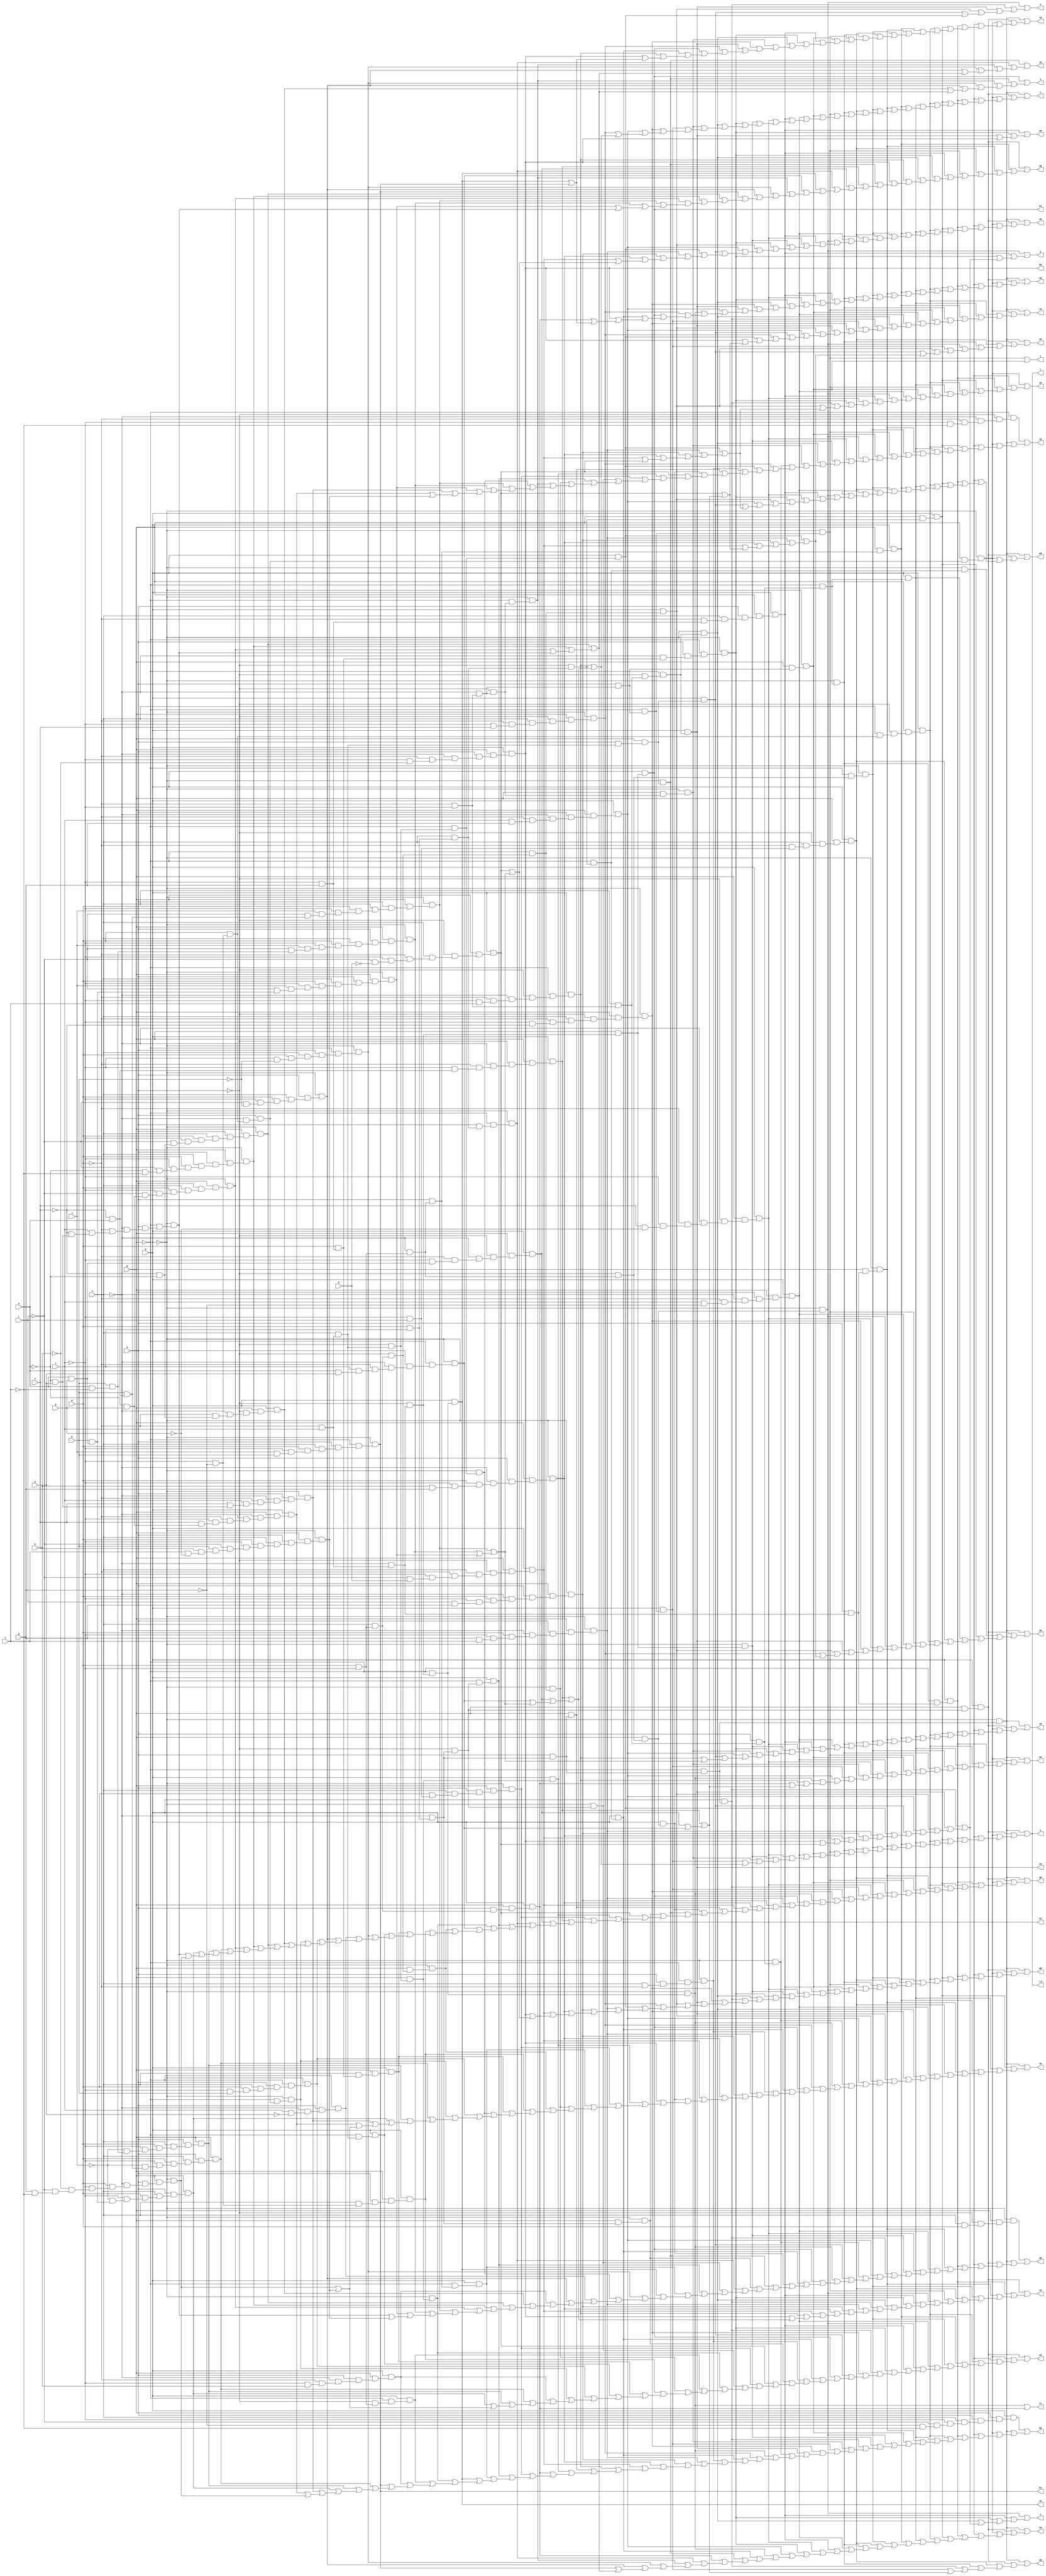
// IWLS benchmark module "vda" printed on Wed May 29 16:25:18 2002
module vda(a, b, c, d, e, f, g, h, i, j, k, l, m, n, o, p, q, r, s, t, u, v, w, \x , y, z, a0, b0, c0, d0, e0, f0, g0, h0, i0, j0, k0, l0, m0, n0, o0, p0, q0, r0, s0, t0, u0, v0, w0, x0, y0, z0, a1, b1, c1, d1);
input
  a,
  b,
  c,
  d,
  e,
  f,
  g,
  h,
  i,
  j,
  k,
  l,
  m,
  n,
  o,
  p,
  q;
output
  r,
  s,
  t,
  u,
  v,
  w,
  \x ,
  y,
  z,
  a0,
  a1,
  b0,
  b1,
  c0,
  c1,
  d0,
  d1,
  e0,
  f0,
  g0,
  h0,
  i0,
  j0,
  k0,
  l0,
  m0,
  n0,
  o0,
  p0,
  q0,
  r0,
  s0,
  t0,
  u0,
  v0,
  w0,
  x0,
  y0,
  z0;
wire
  \[15] ,
  \[16] ,
  \[17] ,
  \[18] ,
  \[19] ,
  \[0] ,
  \[1] ,
  \[20] ,
  \[2] ,
  \[21] ,
  \[3] ,
  \[22] ,
  \[4] ,
  \[23] ,
  \[5] ,
  \[24] ,
  \[6] ,
  \[25] ,
  \[7] ,
  \[26] ,
  \[8] ,
  \[27] ,
  \[9] ,
  \[28] ,
  \[29] ,
  \[30] ,
  \[31] ,
  \[32] ,
  \[33] ,
  \[34] ,
  a5,
  a6,
  a7,
  \[35] ,
  b5,
  b6,
  b7,
  \[36] ,
  c5,
  c6,
  c7,
  \[37] ,
  d5,
  d6,
  d7,
  \[38] ,
  e4,
  e5,
  e6,
  e7,
  f4,
  f5,
  f6,
  f7,
  g4,
  g5,
  g6,
  g7,
  h4,
  h5,
  h6,
  h7,
  i4,
  i5,
  i6,
  i7,
  j4,
  j5,
  j6,
  j7,
  k4,
  k5,
  k6,
  l4,
  l5,
  l6,
  m4,
  m5,
  m6,
  n4,
  n5,
  n6,
  o4,
  o5,
  o6,
  p4,
  p5,
  p6,
  q4,
  q5,
  q6,
  r4,
  r5,
  r6,
  s4,
  s5,
  s6,
  t4,
  t5,
  t6,
  u4,
  u5,
  u6,
  v4,
  v5,
  v6,
  w4,
  w5,
  w6,
  x4,
  x5,
  x6,
  y4,
  y5,
  y6,
  z4,
  z5,
  z6,
  \[10] ,
  \[11] ,
  \[12] ,
  \[13] ,
  \[14] ;
assign
  \[15]  = p5 | (q5 | (r5 | (t5 | (u5 | (v5 | (n4 | (a6 | (c6 | (d6 | (g6 | (k6 | (m6 | (n6 | (s6 | (\[35]  | (e6 | (l4 | (f4 | (g4 | (i4 | (j4 | (k4 | (o5 | (m4 | (p4 | (r4 | (s4 | (t4 | (u4 | (w4 | (y4 | (a5 | (c5 | (e5 | (f5 | (g5 | (h5 | (m5 | (b7 | (l5 | (q6 | (j7 | (g7 | (f7 | (d7 | (x6 | (e7 | (v6 | (e4 | z6))))))))))))))))))))))))))))))))))))))))))))))))),
  \[16]  = (q & (p & (o & (n & (~l & (~i & (~g & ~c))))))) | (p5 | (r5 | (s5 | (t5 | (v5 | (w5 | (n4 | (d6 | (j5 | (h6 | (k6 | (l6 | (m6 | (n6 | (\[11]  | (y5 | (s6 | (t6 | (\[38]  | (w6 | (e6 | (l4 | (f4 | (g4 | (h4 | (i4 | (p4 | (q4 | (r4 | (w4 | (x4 | (\[34]  | (y4 | (z4 | (h7 | (\[36]  | (x6 | (e7 | (v6 | (p6 | (a7 | z6))))))))))))))))))))))))))))))))))))))))),
  \[17]  = (~p & (~o & (~n & (~m & (~l & ~c))))) | (p5 | (r5 | (s5 | (u5 | (v5 | (w5 | (n4 | (z5 | (c6 | (d6 | (j5 | (g6 | (h6 | (j6 | (l6 | (y5 | (t6 | (u6 | (w6 | (i4 | (j4 | (m4 | (p4 | (r4 | (v4 | (w4 | (b5 | (d5 | (i5 | (i7 | (c7 | (y6 | (p6 | (a7 | o6)))))))))))))))))))))))))))))))))),
  \[18]  = k4 | (u4 | (d5 | (h5 | (b7 | (g7 | (f7 | (d7 | e4))))))),
  \[19]  = p5 | (q5 | (r5 | (s5 | (t5 | (u5 | (v5 | (w5 | (x5 | (z5 | (a6 | (b6 | (o4 | (f6 | (g6 | (i6 | (n5 | (s6 | (\[38]  | (k4 | (q4 | (u4 | (d5 | (h5 | (b7 | (\[36]  | (g7 | (f7 | (d7 | e4)))))))))))))))))))))))))))),
  r = \[0] ,
  s = \[1] ,
  t = \[2] ,
  u = \[3] ,
  v = \[4] ,
  w = \[5] ,
  \x  = \[6] ,
  y = \[7] ,
  z = \[8] ,
  \[0]  = p5 | (q5 | (r5 | (s5 | (t5 | (u5 | (v5 | (w5 | (x5 | (n4 | (z5 | (a6 | (b6 | (c6 | (d6 | (o4 | (f6 | (g6 | (h6 | (i6 | (j6 | (l6 | (m6 | (n6 | (n5 | (t6 | (h4 | (s4 | (t4 | (a5 | (i7 | (c7 | y6))))))))))))))))))))))))))))))),
  \[1]  = \[35]  | (k4 | (d5 | (h5 | (b7 | (j7 | (g7 | (f7 | (d7 | e4)))))))),
  \[20]  = p5 | (q5 | (r5 | (s5 | (t5 | (u5 | (v5 | (x5 | (n4 | (z5 | (a6 | (b6 | (c6 | (d6 | (f6 | (i6 | (j6 | (l6 | (n6 | (\[11]  | (t6 | (\[35]  | (\[38]  | (h4 | (\[10]  | (\[34]  | \[36] ))))))))))))))))))))))))),
  \[2]  = p5 | (q5 | (r5 | (s5 | (t5 | (u5 | (v5 | (w5 | (x5 | (n4 | (z5 | (a6 | (b6 | (c6 | (d6 | (o4 | (g6 | (h6 | (l6 | (m6 | (h4 | (s4 | (t4 | (a5 | (i7 | (c7 | y6))))))))))))))))))))))))),
  \[21]  = p5 | (r5 | (t5 | (v5 | (w5 | (z5 | (b6 | (c6 | (d6 | (o4 | (g6 | (l6 | (m6 | (n5 | (s6 | (h4 | (q4 | (s4 | (t4 | a5)))))))))))))))))),
  \[3]  = j5 | (k6 | (\[11]  | (k5 | (r6 | u6)))),
  \[22]  = p5 | (q5 | (r5 | (s5 | (t5 | (u5 | (v5 | (w5 | (x5 | (n4 | (z5 | (a6 | (b6 | (o4 | (f6 | (g6 | (i6 | (j6 | (n6 | (\[11]  | (n5 | (s6 | (t6 | (\[35]  | (\[38]  | (\[10]  | (q4 | (\[34]  | \[36] ))))))))))))))))))))))))))),
  \[4]  = j5 | (f6 | (i6 | (j6 | (k6 | (\[11]  | (k5 | (n5 | (r6 | (u6 | (e6 | (l4 | (f4 | (g4 | (\[10]  | m4)))))))))))))),
  \[23]  = q5 | (x5 | (n4 | (a6 | (c6 | (f6 | (i6 | (j6 | (h4 | (\[10]  | (k4 | (s4 | (t4 | (u4 | (\[34]  | (a5 | (d5 | (h5 | (b7 | (\[36]  | (g7 | (f7 | (d7 | (i7 | (c7 | (y6 | e4))))))))))))))))))))))))),
  \[5]  = p5 | (q5 | (r5 | (s5 | (t5 | (u5 | (v5 | (w5 | (x5 | (n4 | (z5 | (a6 | (b6 | (c6 | (d6 | (o4 | (g6 | (h6 | (l6 | (m6 | (h4 | (s4 | (t4 | (a5 | (i7 | (c7 | y6))))))))))))))))))))))))),
  \[24]  = p5 | (q5 | (r5 | (s5 | (t5 | (u5 | (v5 | (w5 | (x5 | (z5 | (a6 | (b6 | (o4 | (j5 | (f6 | (g6 | (i6 | (k5 | (n5 | (r6 | (u6 | (e6 | (l4 | (f4 | (g4 | m4)))))))))))))))))))))))),
  \[6]  = p5 | (q5 | (r5 | (s5 | (t5 | (u5 | (v5 | (w5 | (x5 | (n4 | (z5 | (a6 | (b6 | (c6 | (d6 | (o4 | (g6 | (h6 | (l6 | (m6 | (h4 | (s4 | (t4 | (a5 | (i7 | (c7 | y6))))))))))))))))))))))))),
  \[25]  = p5 | (q5 | (r5 | (s5 | (t5 | (u5 | (v5 | (x5 | (z5 | (a6 | (b6 | (c6 | (d6 | (j5 | (f6 | (g6 | (h6 | (i6 | (j6 | (k6 | (n6 | (\[11]  | (k5 | (t6 | (u6 | (e6 | (l4 | (f4 | (g4 | (\[10]  | (m4 | (i7 | (c7 | y6)))))))))))))))))))))))))))))))),
  \[7]  = j5 | (f6 | (i6 | (k6 | (\[11]  | (k5 | (n5 | (r6 | (u6 | (e6 | (l4 | (f4 | (g4 | (\[10]  | m4))))))))))))),
  \[26]  = p5 | (r5 | (v5 | (w5 | (x5 | (b6 | (c6 | (d6 | (o4 | (j6 | (k6 | (m6 | (n6 | (\[11]  | (k5 | (n5 | (r6 | (t6 | (u6 | (\[10]  | (m4 | (s4 | (t4 | a5)))))))))))))))))))))),
  \[8]  = c6 | d6,
  \[27]  = p5 | (q5 | (r5 | (s5 | (t5 | (u5 | (v5 | (w5 | (x5 | (z5 | (a6 | (b6 | (o4 | (j5 | (f6 | (g6 | (h6 | (i6 | (k5 | (n5 | (r6 | (u6 | (e6 | (l4 | (f4 | (g4 | (m4 | (i7 | (c7 | y6)))))))))))))))))))))))))))),
  \[9]  = f6 | (i6 | (\[11]  | \[10] )),
  \[28]  = q5 | (t5 | (n4 | (z5 | (a6 | (c6 | (j5 | (f6 | (i6 | (j6 | (k6 | (e6 | (l4 | (f4 | (g4 | (h4 | (\[10]  | (s4 | (t4 | (a5 | (i7 | (c7 | y6))))))))))))))))))))),
  \[29]  = p5 | (q5 | (r5 | (s5 | (t5 | (u5 | (v5 | (w5 | (x5 | (n4 | (z5 | (a6 | (b6 | (o4 | (f6 | (g6 | (h6 | (i6 | (l6 | (n5 | (r6 | (h4 | (i7 | (c7 | y6))))))))))))))))))))))),
  \[30]  = r5 | (s5 | (t5 | (u5 | (v5 | (w5 | (c6 | (d6 | (o4 | (j5 | (f6 | (g6 | (i6 | (k6 | (k5 | (u6 | (e6 | (l4 | (f4 | (g4 | m4))))))))))))))))))),
  \[31]  = p5 | (q5 | (a6 | (b6 | (k6 | (m6 | (s4 | (t4 | a5))))))),
  \[32]  = p5 | (q5 | (a6 | (b6 | (j5 | (m6 | (k5 | (r6 | (u6 | (e6 | (l4 | (f4 | (g4 | (m4 | (s4 | (t4 | a5))))))))))))))),
  \[33]  = p5 | (q5 | (s5 | (u5 | (w5 | (a6 | (b6 | (c6 | (o4 | (j5 | (g6 | (n6 | (\[11]  | (k5 | (t6 | (u6 | (e6 | (l4 | (f4 | (g4 | (m4 | (s4 | (t4 | a5)))))))))))))))))))))),
  \[34]  = q & (~p & (~o & (~n & (~m & l)))),
  a0 = \[9] ,
  a1 = \[35] ,
  a5 = ~q & (~p & (o & (~n & (~m & (l & (e & a)))))),
  a6 = q & (p & (~o & (n & (~m & (~l & i))))),
  a7 = q & (p & (~o & (~n & (~m & (~l & (f & (~e & b))))))),
  \[35]  = q & (p & (~o & (~n & (~m & l)))),
  b0 = \[10] ,
  b1 = \[36] ,
  b5 = ~q & (~p & (~o & (n & (m & ~l)))),
  b6 = ~q & (~p & (o & (n & (~m & ~l)))),
  b7 = ~q & (o & (n & (m & (~l & (~i & ~h))))),
  \[36]  = ~q & (~p & (o & (n & (m & (~l & (j & h)))))),
  c0 = \[11] ,
  c1 = \[37] ,
  c5 = ~q & (p & (~o & (n & (m & ~l)))),
  c6 = ~q & (~p & (o & (~n & (~m & ~l)))),
  c7 = ~q & (p & (o & (n & (m & (~l & (j & (~i & (h & (e & ~c))))))))),
  \[37]  = s6 | q4,
  d0 = \[12] ,
  d1 = \[38] ,
  d5 = ~q & (~p & (~o & (~n & (~m & ~l)))),
  d6 = ~q & (p & (o & (~n & (~m & ~l)))),
  d7 = ~q & (p & (o & (n & (m & (~l & (~i & (~e & b))))))),
  \[38]  = q & (~p & (~o & (n & (m & l)))),
  e0 = \[13] ,
  e4 = ~q & (~p & (o & (~n & (~m & (l & (~f & (~e & a))))))),
  e5 = q & (p & (o & (n & (~l & ~g)))),
  e6 = ~q & (p & (o & (~n & (m & (~l & (g & c)))))),
  e7 = p & (o & (n & (m & (~l & (~j & (h & (e & ~c))))))),
  f0 = \[14] ,
  f4 = ~q & (p & (o & (~n & (m & (~l & (k & g)))))),
  f5 = q & (p & (n & (m & (~l & g)))),
  f6 = q & (p & (o & (n & (~m & (~l & g))))),
  f7 = ~q & (p & (o & (n & (m & (~l & (~i & (~e & ~c))))))),
  g0 = \[15] ,
  g4 = q & (p & (~o & (n & (~m & (~l & (~i & d)))))),
  g5 = q & (~p & (n & (~m & l))),
  g6 = q & (p & (~o & (~n & (~m & (~l & (f & ~b)))))),
  g7 = ~q & (p & (o & (n & (m & (~l & (~i & (~f & ~e))))))),
  h0 = \[16] ,
  h4 = q & (~p & (~o & (~n & (~m & (~l & c))))),
  h5 = ~q & (~p & (o & (n & (m & (~l & ~h))))),
  h6 = ~q & (p & (~o & (~n & (~m & l)))),
  h7 = q & (p & (o & (~n & (~m & (~l & k))))),
  i0 = \[17] ,
  i4 = p & (o & (~n & (m & l))),
  i5 = ~q & (~p & (~o & (n & (~m & l)))),
  i6 = ~q & (~p & (o & (~n & (m & (~l & g))))),
  i7 = ~q & (p & (o & (n & (m & (~l & (j & (~i & (h & (~f & e))))))))),
  j0 = \[18] ,
  j4 = q & (p & (~o & (~n & (m & ~l)))),
  j5 = ~q & (p & (~o & (~n & (m & ~l)))),
  j6 = ~q & (~p & (~o & (n & (~m & ~l)))),
  j7 = q & (p & (~o & (~n & (~m & (~f & ~e))))),
  k0 = \[19] ,
  k4 = ~q & (p & (o & (n & (~m & l)))),
  k5 = q & (~p & (~o & (n & (m & ~l)))),
  k6 = q & (~p & (o & (~n & (m & l)))),
  l0 = \[20] ,
  l4 = ~q & (p & (o & (~n & (m & (~l & (i & g)))))),
  l5 = ~q & (~p & (o & (n & (m & (~l & h))))),
  l6 = ~q & (p & (~o & (~n & (~m & ~l)))),
  m0 = \[21] ,
  m4 = q & (p & (~o & (n & (~m & (~l & (~i & ~d)))))),
  m5 = ~p & (o & (~n & (l & ~a))),
  m6 = q & (~p & (o & (~n & (~m & ~l)))),
  n0 = \[22] ,
  n4 = ~q & (p & (o & (~n & (~m & l)))),
  n5 = q & (p & (o & (~n & (~m & (l & g))))),
  n6 = ~q & (p & (~o & (n & (~m & (~l & ~f))))),
  o0 = \[23] ,
  o4 = q & (p & (o & (~n & (~m & (l & ~g))))),
  o5 = ~q & (p & (~n & (m & l))),
  o6 = ~q & (p & (o & (n & (m & (~l & (~i & (h & (f & (c & ~b))))))))),
  p0 = \[24] ,
  p4 = q & (p & (~o & (n & (~m & l)))),
  p5 = ~q & (~p & (o & (~n & (m & l)))),
  p6 = ~q & (o & (~n & (~m & (l & (f & (~e & a)))))),
  q0 = \[25] ,
  q4 = q & (p & (o & (n & (m & ~l)))),
  q5 = q & (p & (~o & (~n & (m & l)))),
  q6 = ~q & (~p & (o & (~n & (m & (~l & ~g))))),
  r0 = \[26] ,
  r4 = ~q & (p & (o & (n & (m & (~l & i))))),
  r5 = ~q & (p & (o & (~n & (m & (~l & ~g))))),
  r6 = q & (p & (o & (n & (~m & l)))),
  s0 = \[27] ,
  s4 = q & (p & (~o & (~n & (~m & (~l & (~f & e)))))),
  s5 = ~q & (~p & (~o & (n & (m & l)))),
  s6 = ~q & (~p & (~o & (~n & (~m & l)))),
  t0 = \[28] ,
  t4 = q & (p & (~o & (~n & (~m & (~l & (e & b)))))),
  t5 = q & (~p & (o & (~n & (~m & l)))),
  t6 = ~q & (p & (~o & (n & (~m & (~l & f))))),
  u0 = \[29] ,
  u4 = ~q & (~p & (o & (n & (m & l)))),
  u5 = q & (p & (~o & (n & (m & l)))),
  u6 = q & (~p & (~o & (n & (~m & l)))),
  v0 = \[30] ,
  v4 = ~q & (~o & (~n & (m & l))),
  v5 = q & (p & (~o & (n & (m & (~l & ~g))))),
  v6 = p & (o & (n & (m & (~l & (~j & (h & (e & b))))))),
  w0 = \[31] ,
  w4 = q & (~p & (~o & (~n & (m & l)))),
  w5 = q & (~p & (o & (n & (~m & ~l)))),
  w6 = ~q & (~p & (o & (n & ~m))),
  x0 = \[32] ,
  x4 = q & (~p & (o & (~n & (m & ~l)))),
  x5 = q & (p & (o & (~n & (m & ~l)))),
  x6 = p & (o & (n & (m & (~l & (~j & (h & (~f & e))))))),
  y0 = \[33] ,
  y4 = ~q & (p & (~o & (n & (~m & l)))),
  y5 = ~q & (o & (n & (~m & ~l))),
  y6 = ~q & (p & (o & (n & (m & (~l & (j & (~i & (h & (e & b))))))))),
  z0 = \[34] ,
  z4 = q & (~p & (~o & (m & ~l))),
  z5 = ~q & (~p & (~o & (~n & (m & ~l)))),
  z6 = ~q & (p & (o & (~n & (m & (~l & (~k & (~i & (g & ~c)))))))),
  \[10]  = q & (p & (o & (~n & (~m & (~l & ~k))))),
  \[11]  = q & (~p & (~o & (n & (~m & ~l)))),
  \[12]  = (~q & (p & (~o & (n & m)))) | (p5 | (q5 | (s5 | (t5 | (n4 | (o4 | (g6 | (h6 | (k6 | (n5 | (y5 | (r6 | (s6 | (\[35]  | (\[38]  | (j4 | (k4 | (o5 | (u4 | (v4 | (w4 | (x4 | (\[34]  | (h5 | (i5 | (m5 | (b7 | (h7 | (j7 | (g7 | (f7 | (d7 | (i7 | (c7 | (y6 | (e4 | o6)))))))))))))))))))))))))))))))))))),
  \[13]  = q5 | (r5 | (s5 | (v5 | (x5 | (z5 | (o4 | (j5 | (f6 | (i6 | (k6 | (n6 | (r6 | (\[35]  | (\[38]  | (w6 | (o5 | (m4 | (r4 | (v4 | (y4 | (z4 | (b5 | (e5 | (f5 | (g5 | (l5 | (q6 | (h7 | (x6 | (e7 | (v6 | (z6 | o6)))))))))))))))))))))))))))))))),
  \[14]  = p5 | (u5 | (w5 | (x5 | (n4 | (a6 | (o4 | (j6 | (n6 | (\[11]  | (k5 | (n5 | (y5 | (s6 | (t6 | (\[35]  | (\[38]  | (w6 | (e6 | (l4 | (f4 | (g4 | (j4 | (\[10]  | (p4 | (r4 | (x4 | (b5 | (c5 | (e5 | (f5 | (i5 | (l5 | (q6 | (x6 | (e7 | (v6 | (p6 | (a7 | (z6 | o6)))))))))))))))))))))))))))))))))))))));
endmodule